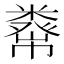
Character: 𥼇